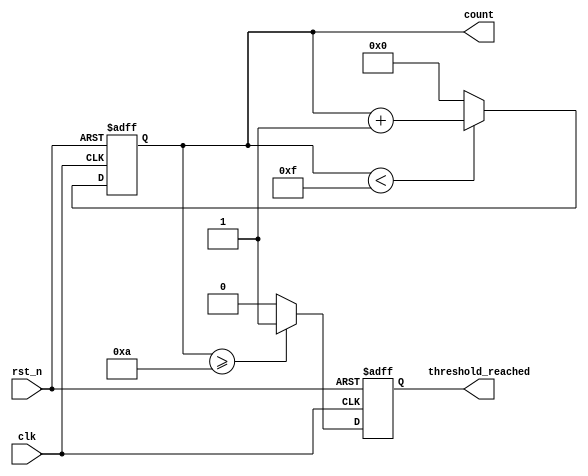
module ParameterFocusedCounter #(
    parameter INITIAL_VALUE = 0,  // Initial value of the counter
    parameter MAX_COUNT = 15,      // Maximum count value
    parameter THRESHOLD = 10        // Threshold for output
)(
    input wire clk,                // Clock input
    input wire rst_n,              // Active low reset
    output reg [3:0] count,        // 4-bit counter output
    output reg threshold_reached    // Output flag when threshold is reached
);

// Initialization block
always @(posedge clk or negedge rst_n) begin
    if (!rst_n) begin
        count <= INITIAL_VALUE;       // Reset to initial value
        threshold_reached <= 1'b0;    // Reset threshold flag
    end else begin
        if (count < MAX_COUNT) begin
            count <= count + 1'b1;    // Increment counter
        end else begin
            count <= INITIAL_VALUE;    // Reset counter when max count is reached
        end
        
        // Check if threshold has been reached
        if (count >= THRESHOLD) begin
            threshold_reached <= 1'b1;  // Set threshold flag
        end else begin
            threshold_reached <= 1'b0;  // Clear threshold flag
        end
    end
end

endmodule